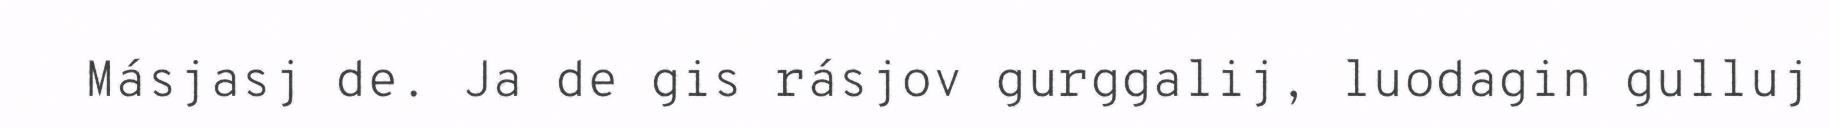
Másjasj de. Ja de gis rásjov gurggalij, luodagin gulluj